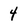
Character: 4